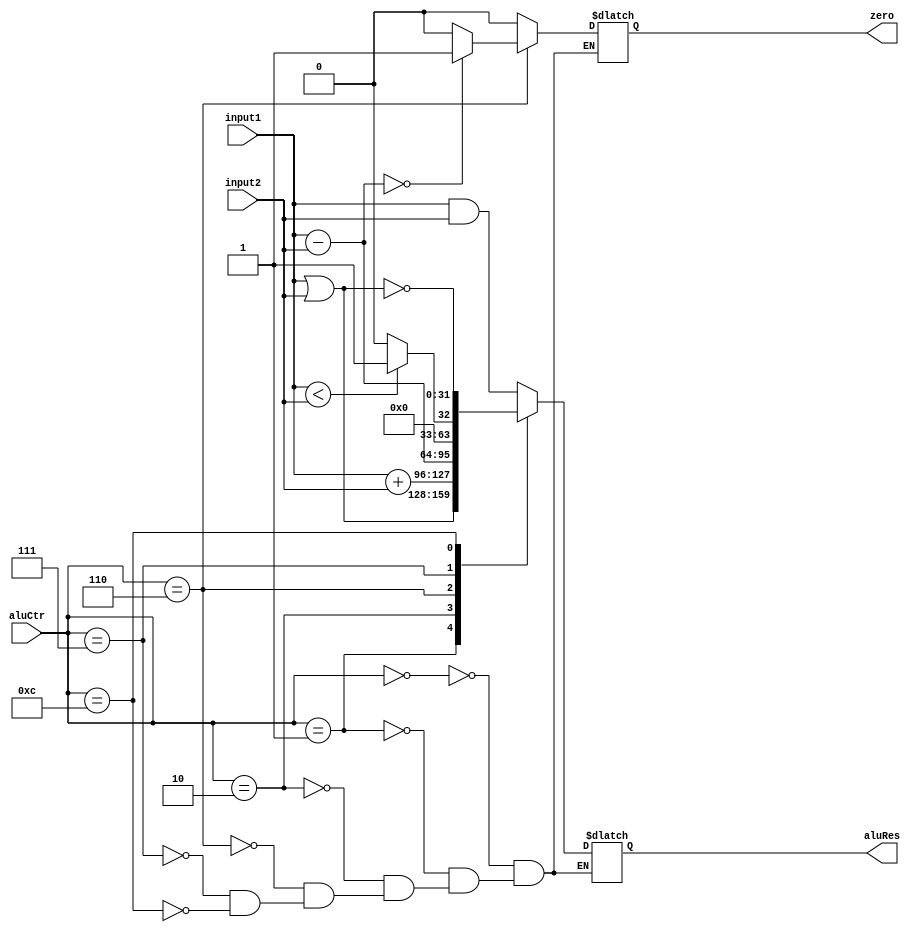
`timescale 1ns / 1ps
//////////////////////////////////////////////////////////////////////////////////
// Company: 
// Engineer: 
// 
// Design Name: 
// Module Name:    Alu 
// Project Name: 
// Target Devices: 
// Tool versions: 
// Description: 
//
// Dependencies: 
//
// Revision: 
// Revision 0.01 - File Created
// Additional Comments: 
//
//////////////////////////////////////////////////////////////////////////////////
module Alu(
    input [31:0] input1,    
	 input [31:0] input2,
    input [3:0] aluCtr,
    output reg zero,
    output reg [31:0] aluRes
    );
	 always @(input1 or input2 or aluCtr)
	 begin
	 case(aluCtr)
	   'b0000:	begin                     //AND		
		aluRes = input1 & input2;
		zero = 0;
		end
		'b0001:  begin                     //OR		
		aluRes = input1 | input2;
		zero = 0;
		end
		'b0010:  begin                     //add		
		aluRes = input1 + input2;
		zero = 0;
		end
		'b0110:  begin                     //sub  		
			aluRes = input1 - input2;
			if(aluRes == 0)	zero = 1;				
			else zero = 0;
		end
		'b0111:  begin		//set on less than		
			zero = 0;
			if(input1<input2)  aluRes = 1;
			else aluRes = 0;
		end
		'b1100:  begin               		  //NOR		
			aluRes = ~(input1 | input2);
			zero = 0;
		end
	endcase
	end
endmodule